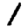
Digit: 1